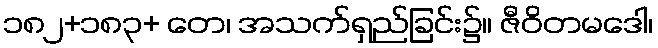
၁၈၂+၁၈၃+ တေ၊ အသက်ရှည်ခြင်း၌။ ဇီဝိတမဒေါ၊